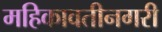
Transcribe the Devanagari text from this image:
महिकावतीनगरी